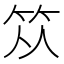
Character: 𥬈